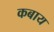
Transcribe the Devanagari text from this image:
कबाय